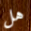
هل